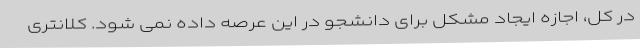
در کل، اجازه ایجاد مشکل برای دانشجو در این عرصه داده نمی شود. کلانتری